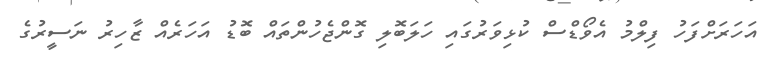
އަހަރަށްފަހު ފިލްމު އެވޯޑްސް ކުޅިވަރުގައި ހަލަބޮލި ގޮންޖެހުންތައް ބޮޑު އަހަރެއް ޒާހިރު ނަސީރުގެ